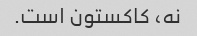
نه، کاکستون است.